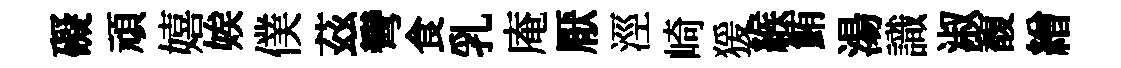
礙頑嬉娭僕茲彎食乳庵厭涇崎猨緱鮪湯識淑馥繒